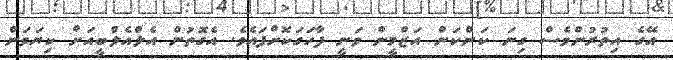
އޭގެ އިތުރުންވެސް ގިނަ ކަންކަން އަޒްމީން ވަނީ ފާހަގަކޮށްފައެވެ. އެގޮތުން އެލްއެލްބީއަށް ކިޔަވަން